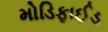
મોડિફાઈડ